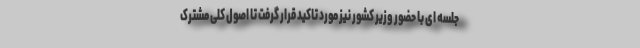
جلسه ای با حضور وزیر کشور نیز مورد تاکید قرار گرفت تا اصول کلی مشترک